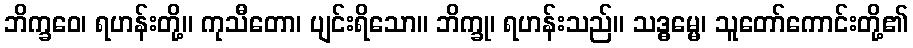
ဘိက္ခဝေ၊ ရဟန်းတို့။ ကုသီတော၊ ပျင်းရိသော။ ဘိက္ခု၊ ရဟန်းသည်။ သဒ္ဓမ္မေ၊ သူတော်ကောင်းတို့၏